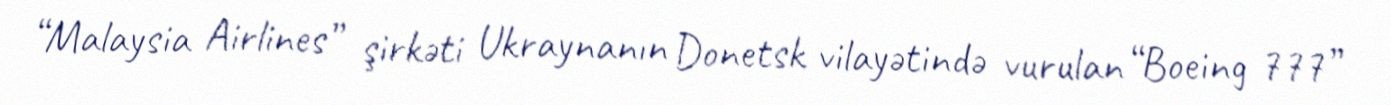
“Malaysia Airlines” şirkəti Ukraynanın Donetsk vilayətində vurulan “Boeing 777”